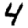
Digit: 4